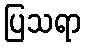
ပြသရာ